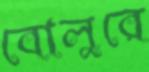
বোলুরে